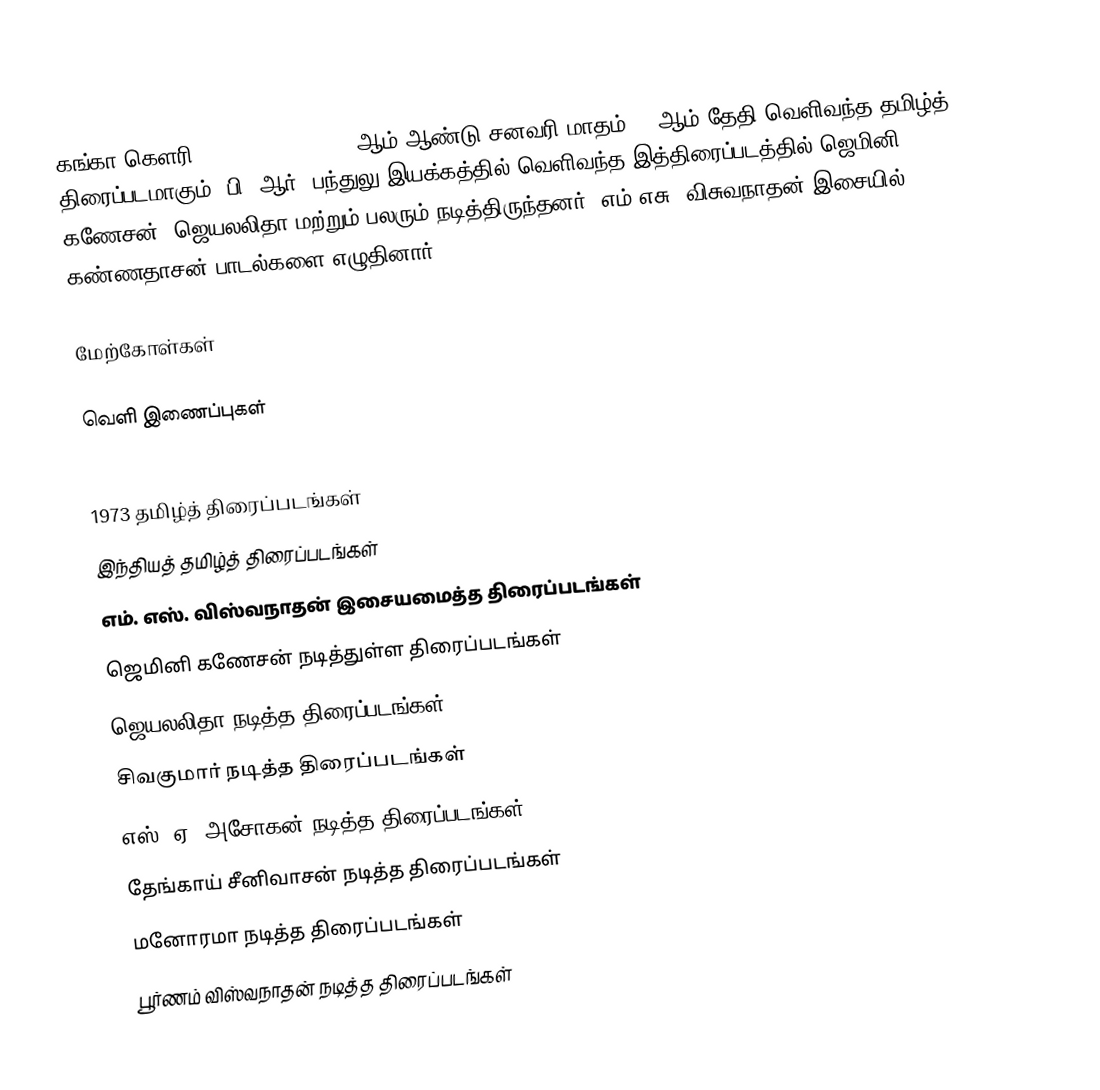
கங்கா கௌரி (Ganga Gowri) 1973 ஆம் ஆண்டு சனவரி மாதம் 16 ஆம் தேதி வெளிவந்த தமிழ்த் திரைப்படமாகும். பி. ஆர். பந்துலு இயக்கத்தில் வெளிவந்த இத்திரைப்படத்தில் ஜெமினி கணேசன், ஜெயலலிதா மற்றும் பலரும் நடித்திருந்தனர். எம்.எசு. விசுவநாதன் இசையில் கண்ணதாசன் பாடல்களை எழுதினார்.

மேற்கோள்கள்

வெளி இணைப்புகள்

1973 தமிழ்த் திரைப்படங்கள்
இந்தியத் தமிழ்த் திரைப்படங்கள்
எம். எஸ். விஸ்வநாதன் இசையமைத்த திரைப்படங்கள்
ஜெமினி கணேசன் நடித்துள்ள திரைப்படங்கள்
ஜெயலலிதா நடித்த திரைப்படங்கள்
சிவகுமார் நடித்த திரைப்படங்கள்
எஸ். ஏ. அசோகன் நடித்த திரைப்படங்கள்
தேங்காய் சீனிவாசன் நடித்த திரைப்படங்கள்
மனோரமா நடித்த திரைப்படங்கள்
பூர்ணம் விஸ்வநாதன் நடித்த திரைப்படங்கள்